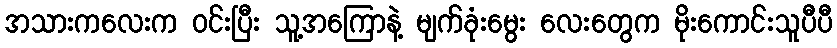
အသားကလေးက ဝင်းပြီး သူ့အကြောနဲ့ မျက်ခုံးမွေး လေးတွေက မိုးကောင်းသူပီပီ